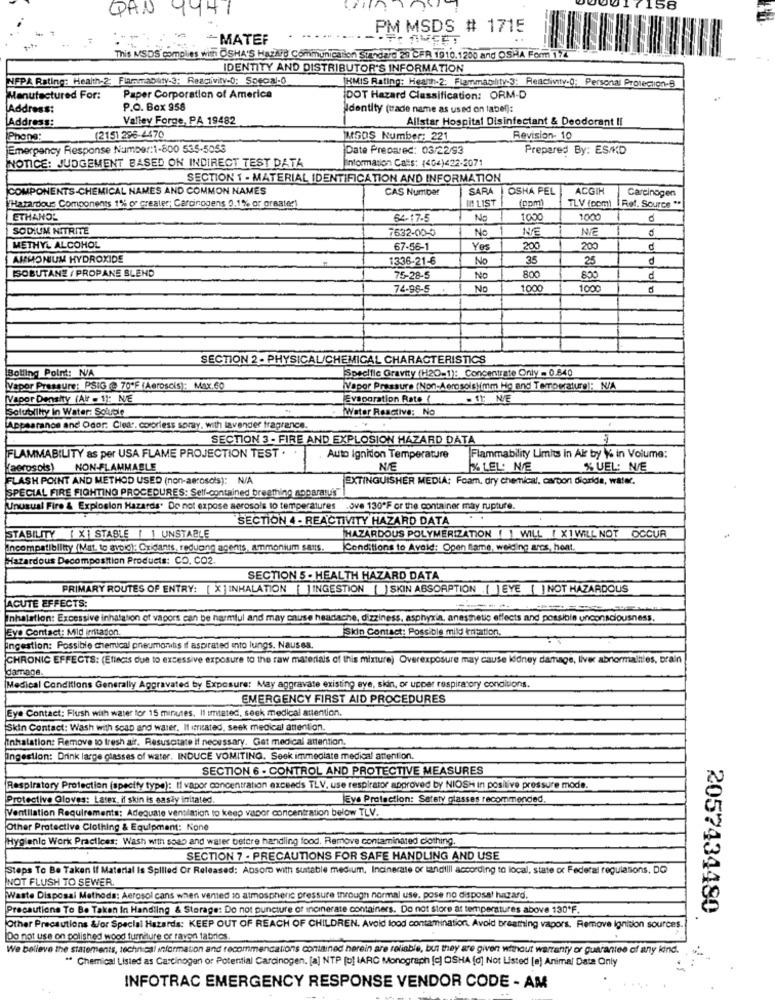
QAN
9441
158
PM MSDS # 1715
-
-MATEF
This MSDS complies with OSHA'S Hazard Communication Standard 21 CFR 1910.1200 and OSHA Form 174
IDENTITY AND DISTRIBUTOR'S INFORMATION
NFPA Rating: Health-2: Flammabilty-3: Reactivity-0: Special-6
JHMIS Rating: Health-2: Flammability-3: Reactivity-0: Personal Protection-B
Manufactured For:
Paper Corporation of America
DOT Hazard Classification: ORM-D
Address:
P.O. Box 958
Identity (trade name as used on label):
Address:
Valley Forge, PA 19482
Allstar Hospital Disinfectant & Deodorant II
Phone:
(2151 296-4470
IMSOS Number: 221
Revision- 10
Emergency Response Number:1-800 535-5055
Pate Prepared: 03/22/93
Prepared By: ES/KD
information Cats: (404)422-2071
NOTICE: JUDGEMENT BASED ON INDIRECT TEST DATA
SECTION 1 - MATERIAL IDENTIFICATION AND INFORMATION
COMPONENTS.CHEMICAL NAMES AND COMMON NAMES
CAS Numper
SARA
OSHA PEL
ACGI
Carcinogen
Hazardous Components 1% of greater; Carcinogens 0.1% or greater
IN LIST
TLV (pom)
Ret. Source **
ETHANOL
64 17 -5
No
1000
1000
SODIUM NITRITE
7632-00-0
NE
NIE
No
METHYL ALCOHOL
67-56-1
Yes
200
200
AMMONIUM HYDROXIDE
1336-21-6
No
35
25
d
ISOBUTANE / PROPANE BLEND
75-28-5
No
800
800
d
74-96-5
NO
1000
1000
SECTION 2- PHYSICAL/CHEMICAL CHARACTERISTICS
Bolling Point: N/A
Specific Gravity (H20-1): Concentrate Only - 0.840
Vapor Pressure: PSIG (@ 70'F (Aeroscis): Max.GO
Vapor Pressure (Non-Aerosols)imm Hg and Temperature !: N/A
Vapor Density (Air - 1): NE
Evaporation Rate 1
Solubility in Water: Soluble
Water Reactive: No
Appearance and Odor. Clear. colorless soray, with lavender fragrance.
SECTION 3 - FIRE AND EXPLOSION HAZARD DATA
FLAMMABILITY as per USA FLAME PROJECTION TEST .
Auto Ignidon Temperature
Flammability Limits in Air by % in Volume:
"aerosols)
NON-FLAMMABLE
NIE
% LEL: NE
% UEL: N/E
FLASH POINT AND METHOD USED (non-aerosols): N/A
EXTINGUISHER MEDIA: Foam, dry chemical, carton diorida, water.
SPECIAL FIRE FIGHTING PROCEDURES: Self-contained breathing apparatus
Unusual Fire & Explosion Hazards. Do not expose aerosols to temperatures .ove 130*F or the container may rupture.
SECTION 4 - REACTIVITY HAZARD DATA
OCCUR
STABILITY [ X] STABLE | 1 UNSTABLE
HAZARDOUS POLYMERIZATION ( I WILL [ X ] WILL NOT
Incompatibility (Mat. to avoid): Oxidants, reducing agents, ammonium sans.
Conditions to Avoid: Open flame, weiding arcs, hent.
Hazardous Decomposition Products: CO. CO2.
SECTION 5 . HEALTH HAZARD DATA
PRIMARY ROUTES OF ENTRY: [ X ] INHALATION [ ] INGESTION ( ) SKIN ABSORPTION [ ] EYE [ ] NOT HAZARDOUS
ACUTE EFFECTS:
Inhalation: Excessive inhalation of vapors can be harmful and may cause headache, dizziness, asphyxia, anesthetic effects and possibin unconsciousness.
Eye Contact: Mid irritation
Skin Contact: Possible mild krtation.
ingestion: Possible chemical pneumonits if aspirated into lungs, Nausea.
CHRONIC EFFECTS: (Ellecis due to excessive exposure to the raw materials of this mixture) Overexposure may cause kidney damage, liver abnormalities, brain
damaDe.
Medical Conditions Generally Aggravated by Exposure: May aggravate existing eye, skin, or upper respiratory conditions.
EMERGENCY FIRST AID PROCEDURES
Eye Contact: Flush with water for 15 minutes. Il itated, seek medical attention.
Skin Contact: Wash with soap and water. Il iniated, seek medical attention.
Inhalation: Remove to fresh air. Resuscitate if necessary. Get medical attention.
Ingestion: Drink large classes of water, INDUCE VOMITING. Seek immediate medical attention
SECTION 6 - CONTROL AND PROTECTIVE MEASURES
Respiratory Protection (specify type): If vapor concentration exceeds TLV, use respirator approved by NIOSH in positive pressure mode
Protective Gloves: Latex. if skin is easły initated
JEve Protection: Safety glasses recommended
Ventilation Requirements: Adequate vensiation to keep vapor concentration below TLV.
Other Protective Clothing & Equipment: None
Hygienlo Work Practices: Wash with soap and water betere handling food. Remove contaminated clothing.
SECTION 7 · PRECAUTIONS FOR SAFE HANDLING AND USE
Steps To Be Taken If Material Is Spilled Or Released: Absoro with sustable medium, Incinerate or landilli according to local, state or Federal regulations. DO
NOT FLUSH TO SEWER
Waste Disposal Methods: Aerosol cans when vented so atmospheric pressure through normal use, pose no disposal hazard.
Precautions To Be Taken In Handling & Storage: Do not puncture of incinerate containers. Do not store at temperatures above 130*F.
2057434480
Other Precautions &/or Special Hazards: KEEP OUT OF REACH OF CHILDREN. Avoid lood contamination. Avoid breathing vapors. Remove Ignition sources.
Do not use on polished wood furniture or ravon fabrics
We believe the statements, technical information and recommendations contained herein are reliable, but they are given without warranty or guarantee of any kind. . ....
" Chemical Listed as Carcinogen or Potential Carcinogen. [a] NTP [o] IARC Monograph [c] OSHA [d] Not Listed [e) Animal Data Only
INFOTRAC EMERGENCY RESPONSE VENDOR CODE - AM